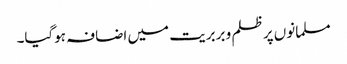
مسلمانوں پر ظلم و بربریت میں اضافہ ہوگیا۔